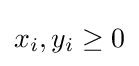
x_{i},y_{i}\geq 0